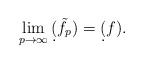
LaTeX: \begin{align*} \lim_{p\to\infty} \d(\tilde f_p) = \d(f).\end{align*}